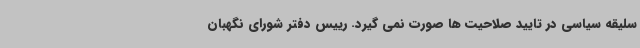
سلیقه سیاسی در تایید صلاحیت ها صورت نمی گیرد. رییس دفتر شورای نگهبان